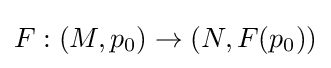
F:(M,p_{0})\to (N,F(p_{0}))